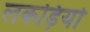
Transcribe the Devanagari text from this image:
लकड़िर्यो